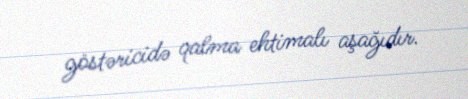
göstəricidə qalma ehtimalı aşağıdır.